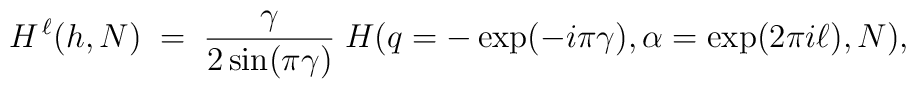
H^{\,\ell}(h,N)\; =\;\frac{\gamma}{2\sin (\pi\gamma )}\;H(q=-\exp (-i\pi\gamma ), \alpha =\exp (2\pi i\ell ),N)  ,